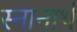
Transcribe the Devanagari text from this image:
स्‍नानार्थ